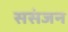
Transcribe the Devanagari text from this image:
ससंजन